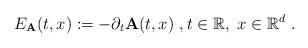
LaTeX: \begin{align*}E_{\mathbf{A}}(t,x):=-\partial _{t}\mathbf{A}(t,x)\ ,t\in \mathbb{R},\ x\in \mathbb{R}^{d}\ . \end{align*}